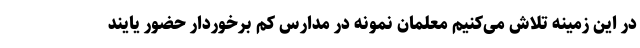
در این زمینه تلاش می‌کنیم معلمان نمونه در مدارس کم برخوردار حضور یایند